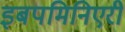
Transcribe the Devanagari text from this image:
इबपमिनिएरी